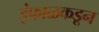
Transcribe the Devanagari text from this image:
इंफाळकडून